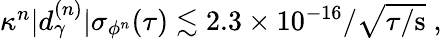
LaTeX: \begin{array}{r}{\kappa^{n}|d_{\gamma}^{(n)}|\sigma_{\phi^{n}}(\tau)\lesssim 2.3\times 10^{-16}/\sqrt{\tau/\mathrm{s}}\; ,}\end{array}